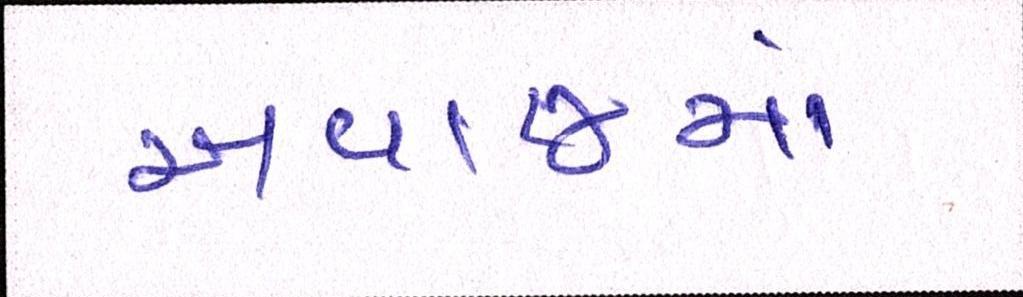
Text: અવાજમાં